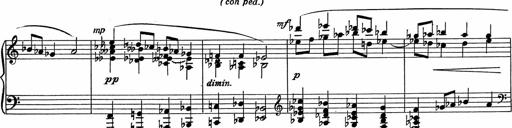
Title: 3Ã¨me Sonatine
Composer: Raffaele d' Alessandro